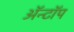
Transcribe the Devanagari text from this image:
ॲन्टॉप